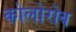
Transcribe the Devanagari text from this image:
कोलोरोव